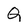
Character: Q